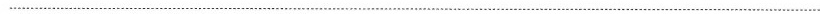
___